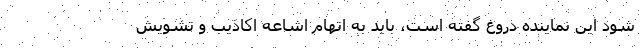
شود این نماینده دروغ گفته است، باید به اتهام اشاعه اکاذیب و تشویش